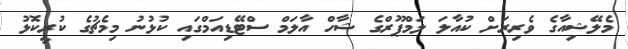
މެލޭޝިއާގެ ވެރިރަށް ކުއާލަ ލަމްޕޫރްގެ ޝާހް އާލަމް ސްޓޭޑިއަމްގައި ކުޅުނު މިމެޗުގެ ކުރީކޮޅު